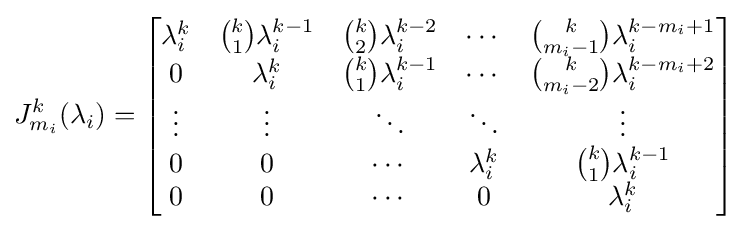
J_{m_{i}}^{k}(\lambda _{i})={\begin{bmatrix}\lambda _{i}^{k}&{k \choose 1}\lambda _{i}^{k-1}&{k \choose 2}\lambda _{i}^{k-2}&\cdots &{k \choose m_{i}-1}\lambda _{i}^{k-m_{i}+1}\\0&\lambda _{i}^{k}&{k \choose 1}\lambda _{i}^{k-1}&\cdots &{k \choose m_{i}-2}\lambda _{i}^{k-m_{i}+2}\\\vdots &\vdots &\ddots &\ddots &\vdots \\0&0&\cdots &\lambda _{i}^{k}&{k \choose 1}\lambda _{i}^{k-1}\\0&0&\cdots &0&\lambda _{i}^{k}\end{bmatrix}}